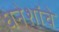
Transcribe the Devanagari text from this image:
धनेशांचे